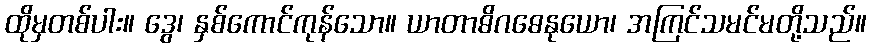
ထိုမှတစ်ပါး။ ဒွေ၊ နှစ်ကောင်ကုန်သော။ ယာတာဓိဂဓေနုယော၊ အကြင်သမင်မတို့သည်။